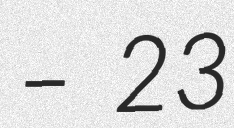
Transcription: – 23